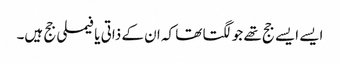
ایسے ایسے جج تھے جو لگتا تھا کہ ان کے ذاتی یا فیملی جج ہیں۔